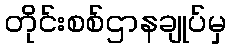
တိုင်းစစ်ဌာနချုပ်မှ